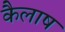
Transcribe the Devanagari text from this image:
कैलाष